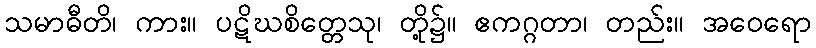
သမာဓီတိ၊ ကား။ ပဋိဃစိတ္တေသု၊ တို့၌။ ဧကဂ္ဂတာ၊ တည်း။ အဝေရော